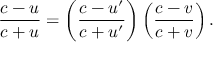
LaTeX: { \frac { c - u } { c + u } } = \left( { \frac { c - u ^ { \prime } } { c + u ^ { \prime } } } \right) \left( { \frac { c - v } { c + v } } \right) .